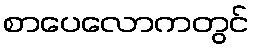
စာပေလောကတွင်